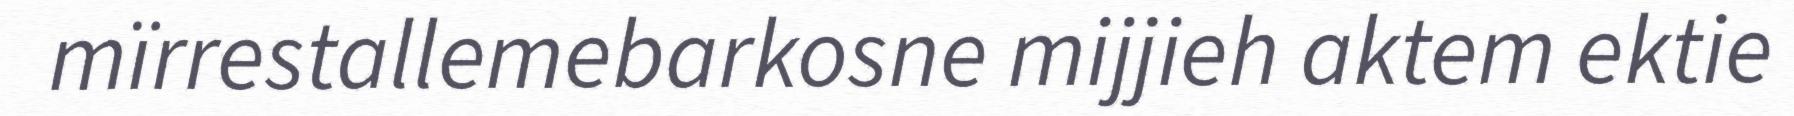
mïrrestallemebarkosne mijjieh aktem ektie